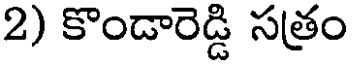
2) కొండారెడ్డి సత్రం